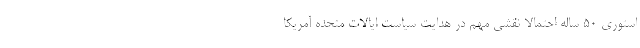
استوری ۵۰ ساله احتمالا نقشی مهم در هدایت سیاست ایالات متحده آمریکا